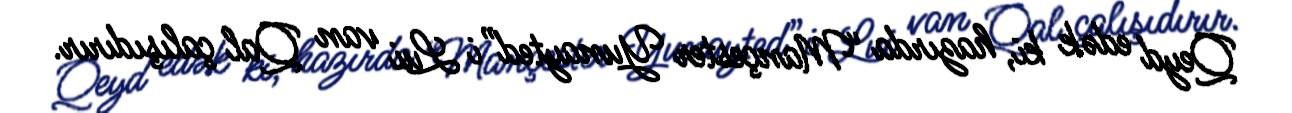
Qeyd edək ki, hazırda “Mançester Yunayted”i Lui van Qal çalışıdırır.